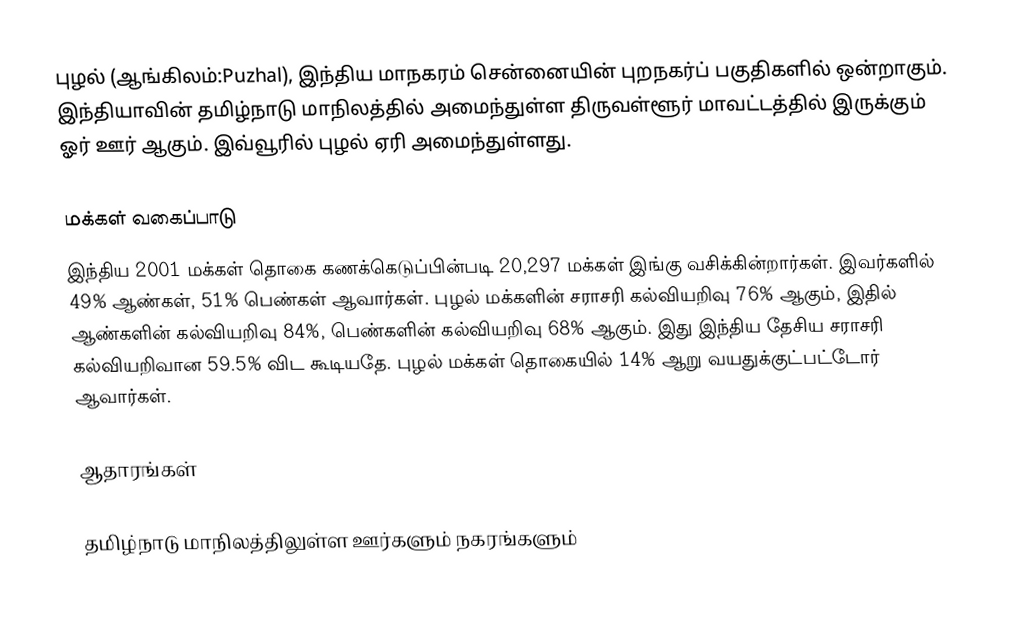
புழல் (ஆங்கிலம்:Puzhal), இந்திய மாநகரம் சென்னையின் புறநகர்ப் பகுதிகளில் ஒன்றாகும்.  இந்தியாவின் தமிழ்நாடு மாநிலத்தில் அமைந்துள்ள திருவள்ளூர் மாவட்டத்தில் இருக்கும் ஓர் ஊர் ஆகும். இவ்வூரில் புழல் ஏரி அமைந்துள்ளது.

மக்கள் வகைப்பாடு
இந்திய 2001 மக்கள் தொகை கணக்கெடுப்பின்படி 20,297 மக்கள் இங்கு வசிக்கின்றார்கள். இவர்களில் 49% ஆண்கள், 51% பெண்கள் ஆவார்கள். புழல் மக்களின் சராசரி கல்வியறிவு 76% ஆகும்,  இதில் ஆண்களின் கல்வியறிவு 84%,  பெண்களின் கல்வியறிவு 68% ஆகும். இது இந்திய தேசிய சராசரி கல்வியறிவான 59.5% விட கூடியதே. புழல் மக்கள் தொகையில் 14%  ஆறு வயதுக்குட்பட்டோர் ஆவார்கள்.

ஆதாரங்கள்

தமிழ்நாடு மாநிலத்திலுள்ள ஊர்களும் நகரங்களும்